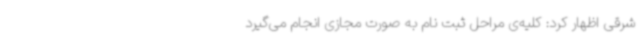
شرقی اظهار کرد: کلیه‌ی مراحل ثبت‌ نام به صورت مجازی انجام می‌گیرد